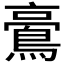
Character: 𪁚